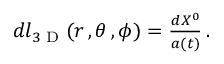
\begin{array} { r } { d l _ { 3 \textrm { D } } ( r \, , \theta \, , \phi ) = \frac { d X ^ { 0 } } { a ( t ) } \, . } \end{array}